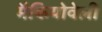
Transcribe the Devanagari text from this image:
मैकियोवेली